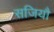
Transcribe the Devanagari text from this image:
सजियौ